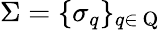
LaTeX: \Sigma=\{ \sigma_{q}\} _{q\in\mathrm{~Q~}}